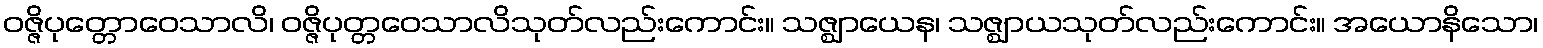
ဝဇ္ဇိပုတ္တောဝေသာလိ၊ ဝဇ္ဇိပုတ္တဝေသာလိသုတ်လည်းကောင်း။ သဇ္ဈာယေန၊ သဇ္ဈာယသုတ်လည်းကောင်း။ အယောနိသော၊